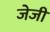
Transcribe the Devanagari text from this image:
जेजी